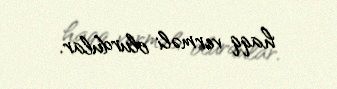
haqq verməli olurdular.